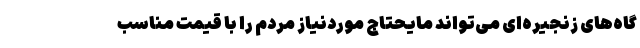
گاه‌های زنجیره‌ای می‌تواند مایحتاج موردنیاز مردم را با قیمت مناسب